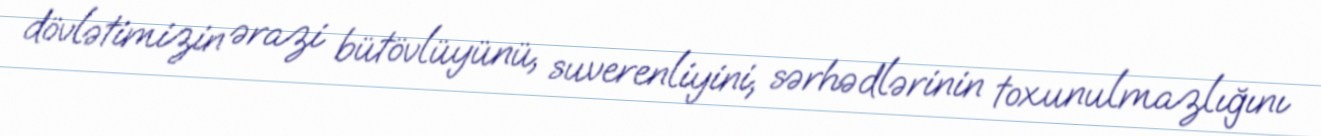
dövlətimizin ərazi bütövlüyünü, suverenliyini, sərhədlərinin toxunulmazlığını